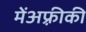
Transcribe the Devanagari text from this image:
मेंअफ़्रीकी